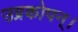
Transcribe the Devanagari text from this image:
उग्रकोपन्।